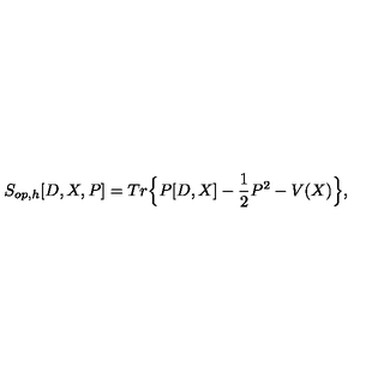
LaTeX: S _ { o p , h } [ D , X , P ] = T r \Big \{ P [ D , X ] - \frac { 1 } { 2 } P ^ { 2 } - V ( X ) \Big \} ,